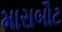
મારાબૌટ